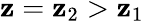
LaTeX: \mathbf{z}=\mathbf{z}_{2}>\mathbf{z}_{1}